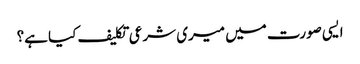
ایسی صورت میں میری شرعی تکلیف کیا ہے؟